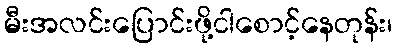
မီးအလင်းပြောင်းဖို့ငါစောင့်နေတုန်း၊